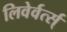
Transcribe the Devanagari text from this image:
लिवेर्वर्त्स्